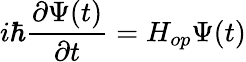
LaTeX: i\hbar\frac{\partial\Psi(t)}{\partial t}=H_{op}\Psi(t)